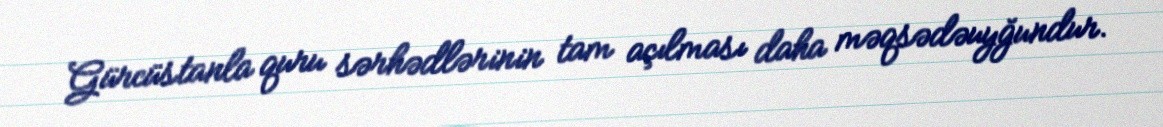
Gürcüstanla quru sərhədlərinin tam açılması daha məqsədəuyğundur.